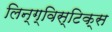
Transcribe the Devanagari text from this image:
लिन्ग्विस्टिक्स